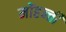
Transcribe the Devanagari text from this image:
मोंहन्ती